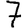
Digit: 7